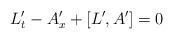
LaTeX: \begin{align*} L_t '- A_x' + [L',A'] =0\end{align*}